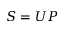
S = U P